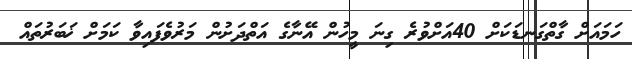
ހަމައަށް ގާތްގަނޑަކަށް 40އަށްވުރެ ގިނަ މީހުން އޭނާގެ އަތްދަށުން މަރުވެފައިވާ ކަމަށް ޚަބަރުތައް